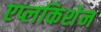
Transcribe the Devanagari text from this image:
एप्लकिशेन